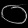
Digit: ၀